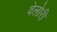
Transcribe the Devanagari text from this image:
वेलोरी